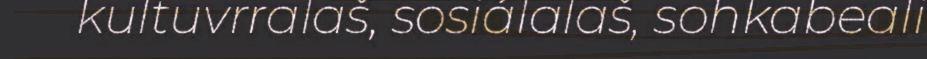
kultuvrralaš, sosiálalaš, sohkabeali